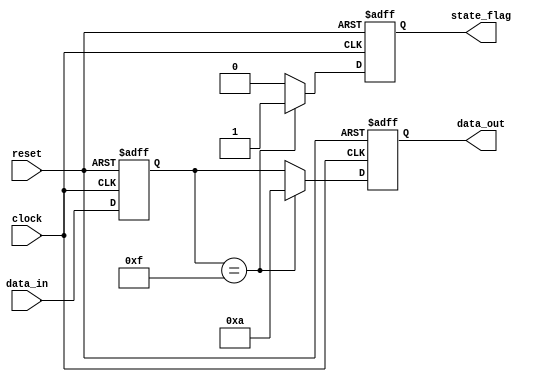
module sequential_logic(
    input wire clock,
    input wire reset,
    input wire [3:0] data_in,
    output reg [3:0] data_out,
    output reg state_flag
);

// State variable to hold the current state
reg [3:0] state;

// Asynchronous reset and clocked operations
always @(posedge clock or posedge reset) begin
    if (reset) begin
        // Reset state variable and output upon reset
        state <= 4'b0000;
        data_out <= 4'b0000;
        state_flag <= 1'b0;
    end else begin
        // Sequential logic behavior
        state <= data_in;  // Update state with input data
        
        // Conditional logic to generate outputs
        if (state == 4'b1111) begin
            data_out <= 4'b1010;  // Example output when state is 15
            state_flag <= 1'b1;    // Set flag when condition is met
        end else begin
            data_out <= state;     // Output the current state
            state_flag <= 1'b0;    // Clear flag otherwise
        end
    end
end

endmodule